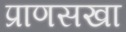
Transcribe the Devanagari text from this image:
प्राणसखा